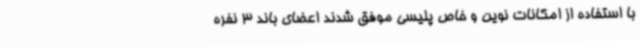
با استفاده از امکانات نوین و خاص پلیسی موفق شدند اعضای باند 3 نفره